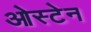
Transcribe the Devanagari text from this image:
ओस्टेन